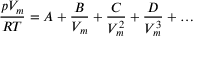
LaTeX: { \frac { p V _ { m } } { R T } } = A + { \frac { B } { V _ { m } } } + { \frac { C } { V _ { m } ^ { 2 } } } + { \frac { D } { V _ { m } ^ { 3 } } } + \dots